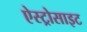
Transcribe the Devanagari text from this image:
ऐस्ट्रोसाइट